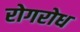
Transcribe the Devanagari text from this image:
रोगरोध